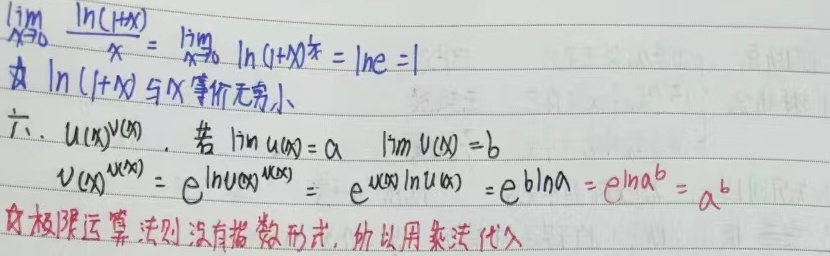
因为
\[\begin{align*}
\lim_{x \to 0} \frac{\ln(1 + x)}{x}&=\lim_{x \to 0} \ln(1 + x)^{\frac{1}{x}}\\
&=\ln e \\
&= 1
\end{align*}\]
故\(\ln(1 + x)\)与\(x\)是等价无穷小。

六. \(u(x)^{v(x)}\)。若\(\lim u(x)=a\) ，\(\lim v(x)=b\)，则
\[\begin{align*}
u(x)^{v(x)}&=e^{\ln u(x)^{v(x)}} \\
&= e^{v(x)\ln u(x)}\\
&=e^{b\ln a}\\
&=e^{\ln a^{b}}\\
&=a^{b}
\end{align*}\]
因极限运算法则没有指数形式，所以用代入法。